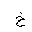
Letter: _kha